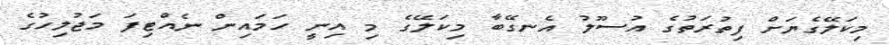
މިކަލޭގެޔަށް ފިތުރަތުގެ އުސޫލު އެނގޭބާ މިކަލޭގެ މި އިނީ ހަމައިން ނެއްޓިފަ މަޖުލިހުގެ